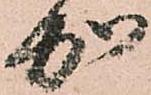
加